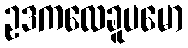
ဥဒကလေခူပမော